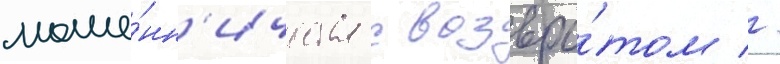
моше́нн'ичества с возвра́том //